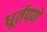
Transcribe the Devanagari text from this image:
धूर्तपणे